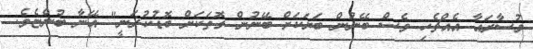
މުސާރައާ އެއްޗެހި ވެސް ބޭނުން ބަޔަކަށް ބޭނުން ގޮތަކަށް ބޮޑުކުރަނީ" އޭނާ ބުންޏެވެ.